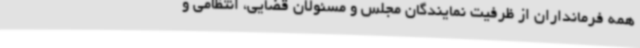
همه فرمانداران از ظرفیت نمایندگان مجلس و مسئولان قضایی، انتظامی و